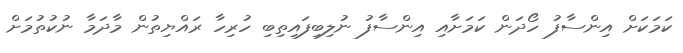
ކަމަކަށް އިންސާފު ހޯދަން ކަމަށާއި އިންސާފު ނުލިބިފައިތިބި ހުރިހާ ރައްޔިތުން މާދަމާ ނުކުތުމަށް